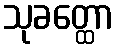
သုခတ္ထော